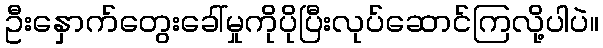
ဦးနှောက်တွေးခေါ်မှုကိုပိုပြီးလုပ်ဆောင်ကြလို့ပါပဲ။